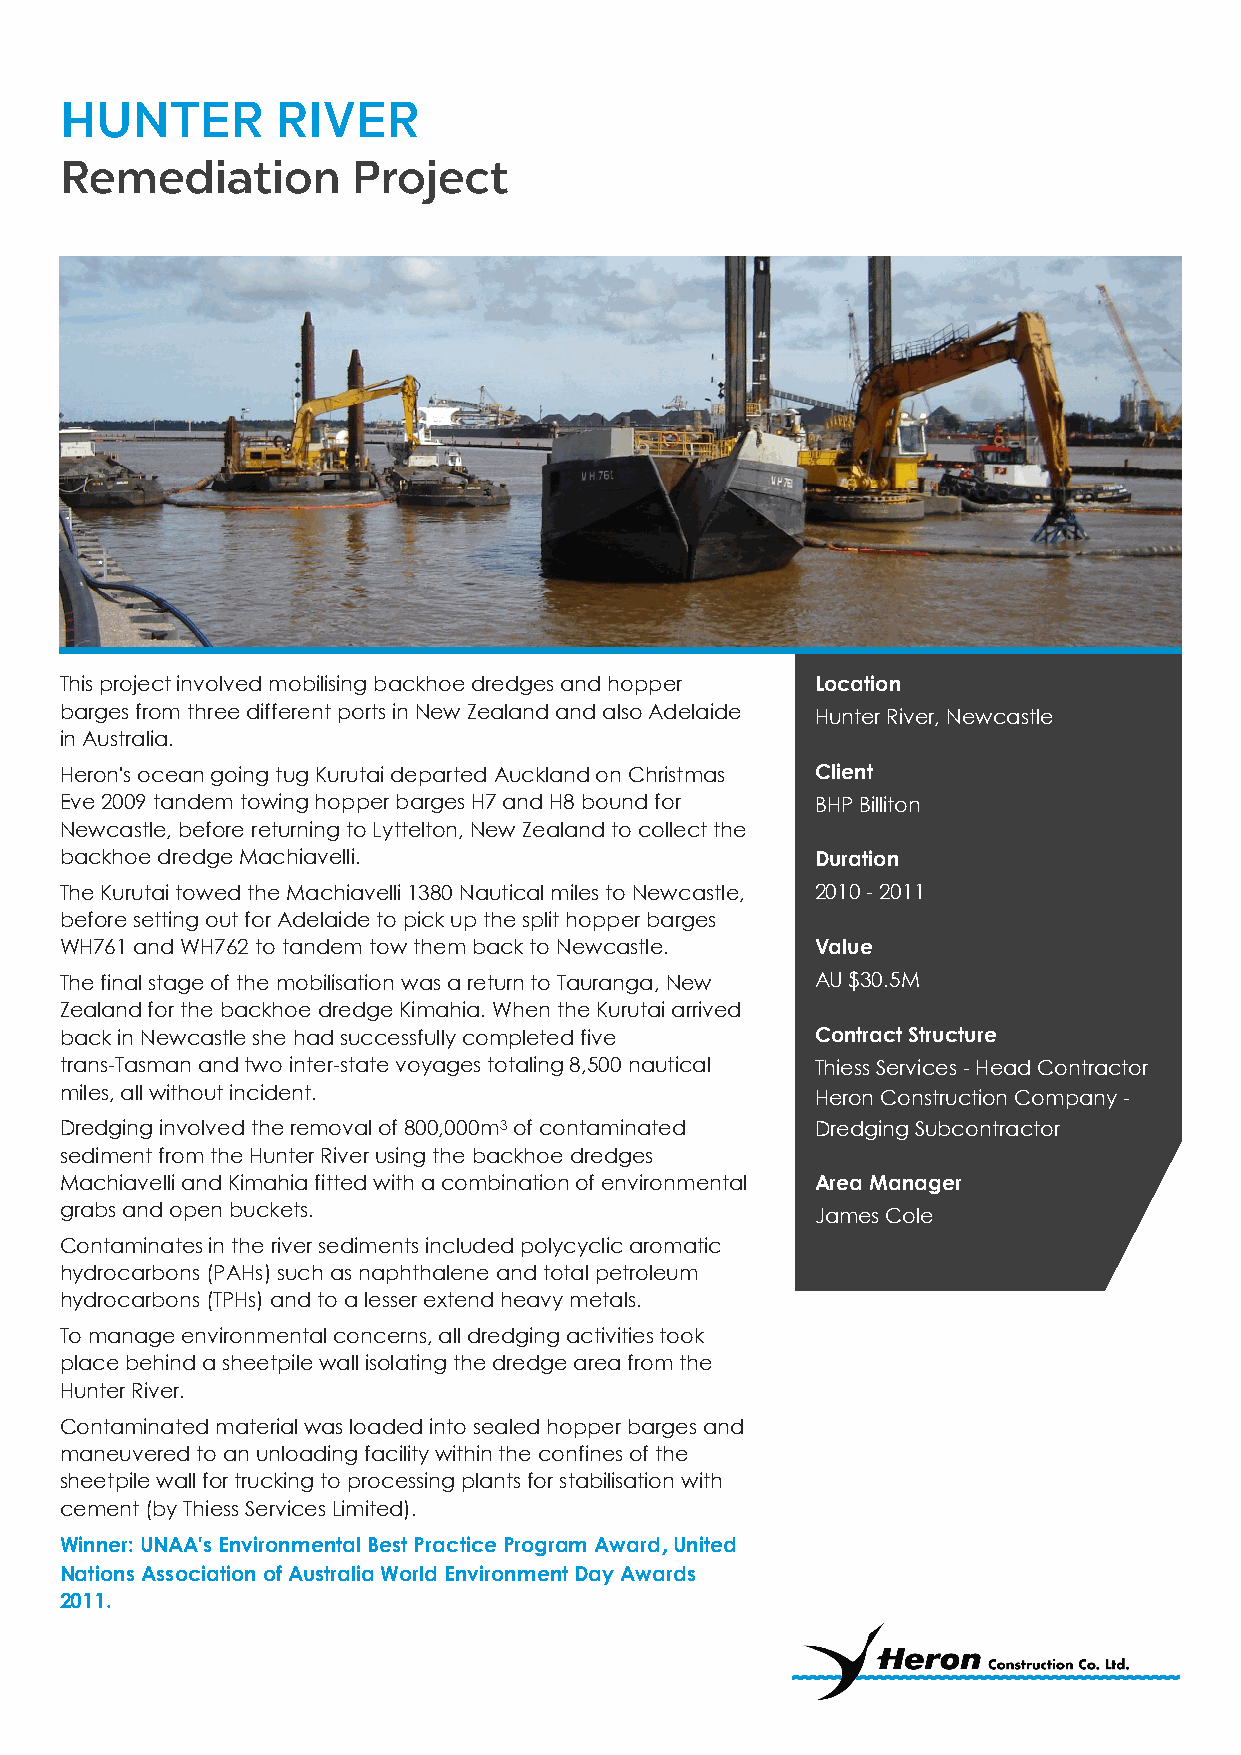
This project involved mobilising backhoe dredges and hopper Location
 barges from three different ports in New Zealand and also Adelaide Hunter River, Newcastle
 in Australia.
 Heron's ocean going tug Kurutai departed Auckland on Christmas Client
 Eve 2009 tandem towing hopper barges H7 and H8 bound for BHP Billiton
 Newcastle, before returning to Lyttelton, New Zealand to collect the
 backhoe dredge Machiavelli.                       Duration
 The Kurutai towed the Machiavelli 1380 Nautical miles to Newcastle, 2010 - 2011
 before setting out for Adelaide to pick up the split hopper barges
 WH761 and WH762 to tandem tow them back to Newcastle. Value
 The final stage of the mobilisation was a return to Tauranga, New AU $30.5M
 Zealand for the backhoe dredge Kimahia. When the Kurutai arrived
 back in Newcastle she had successfully completed five Contract Structure
 trans-Tasman and two inter-state voyages totaling 8,500 nautical Thiess Services - Head Contractor
 miles, all without incident.                      Heron Construction Company -
 Dredging involved the removal of 800,000m3 of contaminated Dredging Subcontractor
 sediment from the Hunter River using the backhoe dredges
 Machiavelli and Kimahia fitted with a combination of environmental Area Manager
 grabs and open buckets.                           James Cole
 Contaminates in the river sediments included polycyclic aromatic
 hydrocarbons (PAHs) such as naphthalene and total petroleum
 hydrocarbons (TPHs) and to a lesser extend heavy metals.
 To manage environmental concerns, all dredging activities took
 place behind a sheetpile wall isolating the dredge area from the
 Hunter River.
 Contaminated material was loaded into sealed hopper barges and
 maneuvered to an unloading facility within the confines of the
 sheetpile wall for trucking to processing plants for stabilisation with
 cement (by Thiess Services Limited).
 Winner: UNAA's Environmental Best Practice Program Award, United
 Nations Association of Australia World Environment Day Awards
 2011.